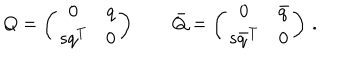
Q = \left( \begin{array} { c c } { { 0 } } & { { q } } \\ { { s q ^ { T } } } & { { 0 } } \\ \end{array} \right) \qquad \bar { Q } = \left( \begin{array} { c c } { { 0 } } & { { \bar { q } } } \\ { { s \bar { q } ^ { T } } } & { { 0 } } \\ \end{array} \right) \, .